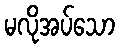
မလိုအပ်သော